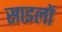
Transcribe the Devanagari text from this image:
साइलों